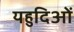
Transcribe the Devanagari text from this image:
यहुदिओं